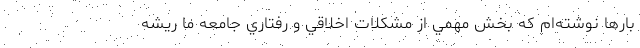
بارها نوشته‌ام كه بخش مهمي از مشكلات اخلاقي و رفتاري جامعه ما ريشه